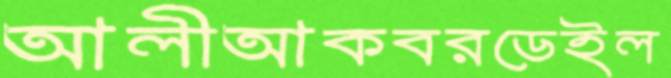
আলীআকবরডেইল